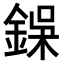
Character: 𮢇